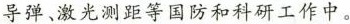
导弹、激光测距等国防和科研工作中。